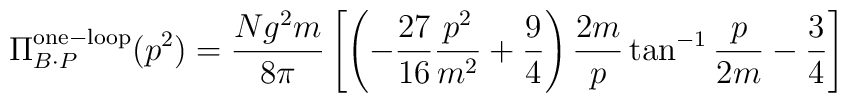
\Pi^{\rm one-loop}_{B \cdot P}(p^2) = {Ng^2m \over 8\pi} \left[ \left(-\frac{27}{16} \frac{p^2}{m^2} + \frac{9}{4} \right) \frac{2m}{p} \tan^{-1} \frac{p}{2m} -\frac{3}{4} \right]